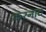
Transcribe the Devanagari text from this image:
करनाद